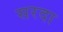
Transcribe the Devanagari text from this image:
सरदा